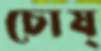
চোষ্‌